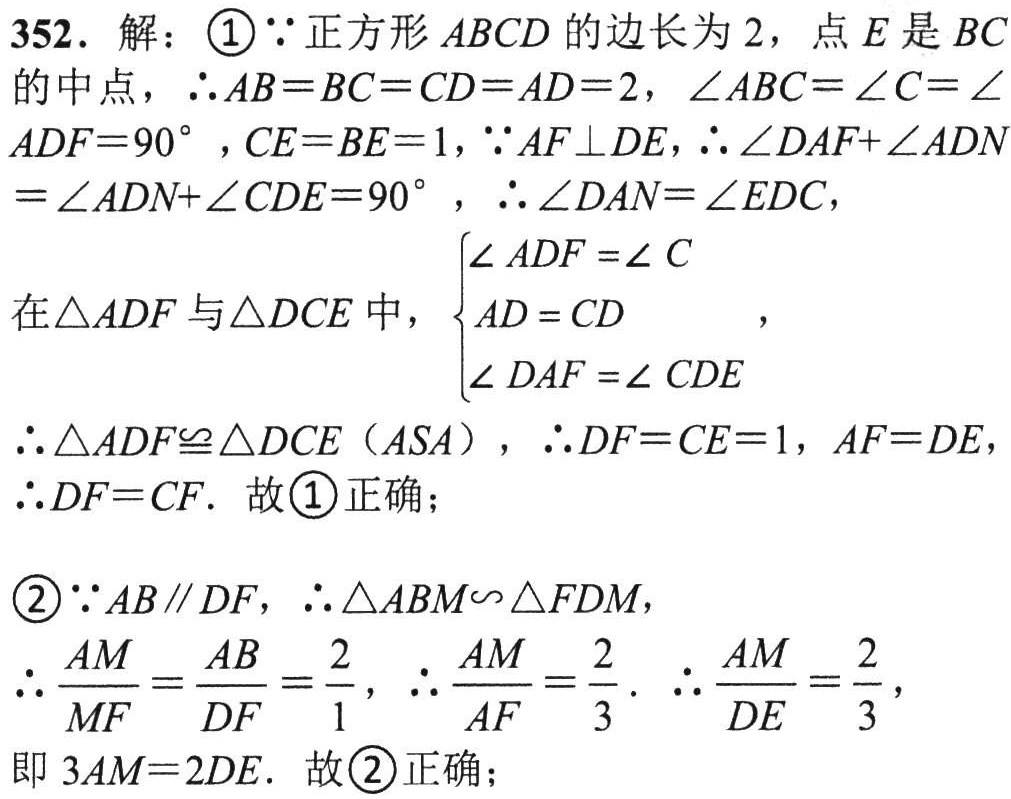
352. 解：\textcircled{1}\(\because\)正方形\(ABCD\)的边长为\(2\)，点\(E\)是\(BC\)的中点，\(\therefore AB = BC = CD = AD = 2\)，\(\angle ABC=\angle C=\angle ADF = 90^{\circ}\)，\(CE = BE = 1\)，\(\because AF\perp DE\)，\(\therefore\angle DAF+\angle ADN=\angle ADN+\angle CDE = 90^{\circ}\)，\(\therefore\angle DAN=\angle EDC\)，
在\(\triangle ADF\)与\(\triangle DCE\)中，\(\begin{cases}
\angle ADF=\angle C\\
AD = CD\\
\angle DAF=\angle CDE
\end{cases}\)，
\(\therefore\triangle ADF\cong\triangle DCE\)（\(ASA\)），\(\therefore DF = CE = 1\)，\(AF = DE\)，\(\therefore DF = CF\). 故\textcircled{1}正确；
\textcircled{2}\(\because AB\parallel DF\)，\(\therefore\triangle ABM\sim\triangle FDM\)，
\(\therefore\frac{AM}{MF}=\frac{AB}{DF}=\frac{2}{1}\)，\(\therefore\frac{AM}{AF}=\frac{2}{3}\). \(\therefore\frac{AM}{DE}=\frac{2}{3}\)，
即\(3AM = 2DE\). 故\textcircled{2}正确；